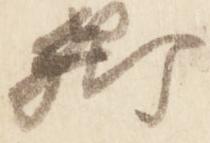
卿